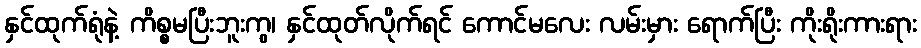
နှင်ထုက်ရုံနဲ့ ကိစ္စမပြီးဘူးကွ၊ နှင်ထုတ်လိုက်ရင် ကောင်မလေး လမ်းမှား ရောက်ပြီး ကိုးရိုးကားရား